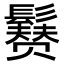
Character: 𩯒